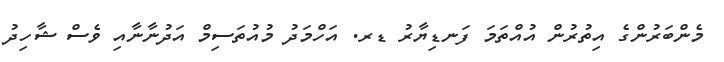
މެންބަރުންގެ އިތުރުން އުއްތަމަ ފަނޑިޔާރު ޑރ. އަހްމަދު މުއުތަސިމް އަދުނާނާއި ވެސް ޝާހިދު